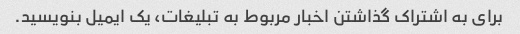
برای به اشتراک گذاشتن اخبار مربوط به تبلیغات، یک ایمیل بنویسید.